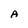
Character: A